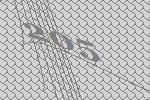
205